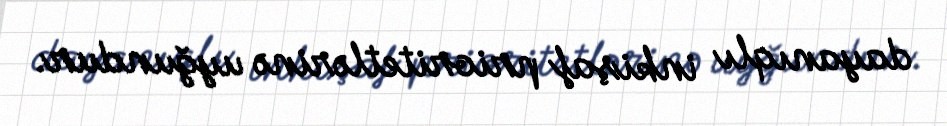
dayanıqlı inkişaf prioritetlərinə uyğundur.